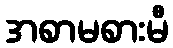
အစာမစားမီ